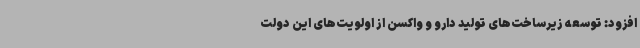
افزود: توسعه زیرساخت‌های تولید دارو و واکسن از اولویت‌های این دولت